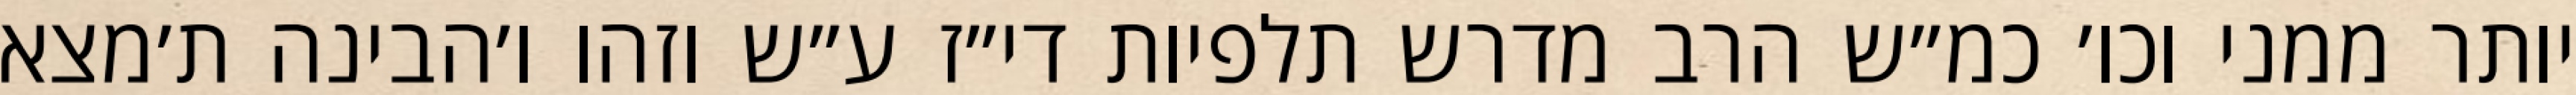
יותר ממני וכו׳ כמ״ש הרב מדרש תלפיות די״ז ע״ש וזהו ו׳הבינה ת׳מצא